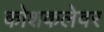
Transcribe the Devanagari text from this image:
कोशकलेवर